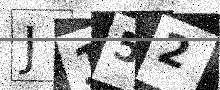
Text: J152